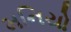
મનિયો